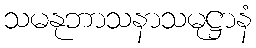
သမနုဘာသနာသမုဋ္ဌာနံ